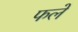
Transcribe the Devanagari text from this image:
फलें